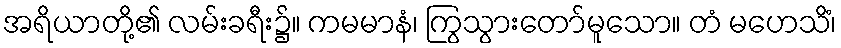
အရိယာတို့၏ လမ်းခရီး၌။ ကမမာနံ၊ ကြွသွားတော်မူသော။ တံ မဟေသိံ၊